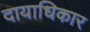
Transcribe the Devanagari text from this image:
दायाधिकार